Report of the Indian Hemp Drugs Commission, 1894-1895 - Volume V
Year: 1894
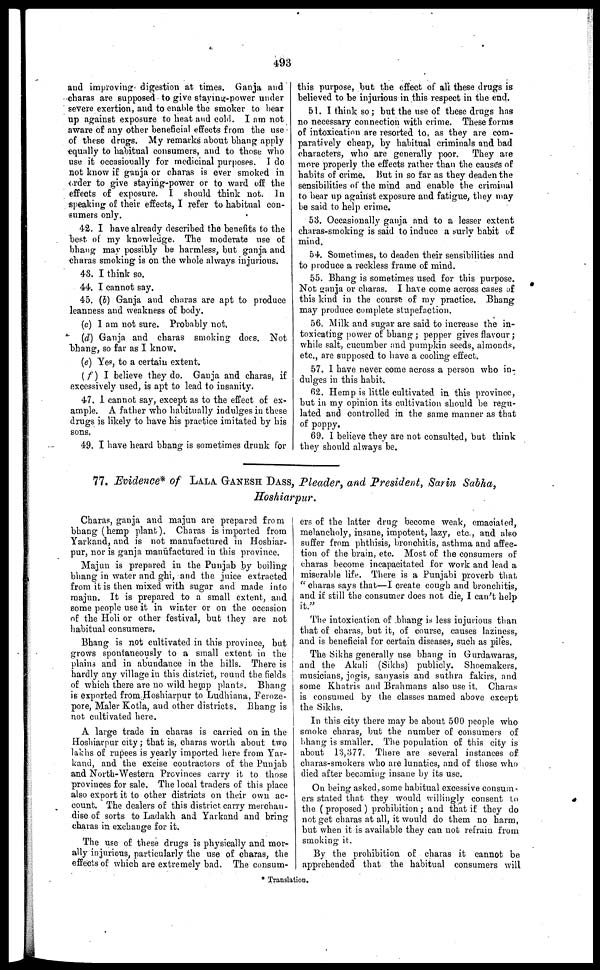
493
and improving digestion at times. Ganja and
charas are supposed to give staying-power under
severe exertion, and to enable the smoker to bear
up against exposure to heat and cold. I am not
aware of any other beneficial effects from the use
of these drugs. My remarks about bhang apply
equally to habitual consumers, and to those who
use it occasionally for medicinal purposes. I do
not know if ganja or charas is ever smoked in
order to give staying-power or to ward off the
effects of exposure. I should think not. In
speaking of their effects, I refer to habitual con-
sumers only.
42. I have already described the benefits to the
best of my knowledge. The moderate use of
bhang may possibly be harmless, but ganja and
charas smoking is on the whole always injurious.
43. I think so.
44. I cannot say.
45. (b) Ganja and charas are apt to produce
leanness and weakness of body.
(c) I am not sure. Probably not.
(d) Ganja and charas smoking dors. Not
bhang, so far as I know.
(e) Yes, to a certain extent.
(f) I believe they do. Ganja and charas, if
excessively used, is apt to lead to insanity.
47. I cannot say, except as to the effect of ex-
ample. A father who habitually indulges in these
drugs is likely to have his practice imitated by his
sons.
49. I have heard bhang is sometimes drunk for
this purpose, but the effect of all these drugs is
believed to be injurious in this respect in the end.
51. I think so; but the use of these drugs has
no necessary connection with crime. These forms
of intoxication are resorted to, as they are com-
paratively cheap, by habitual criminals and bad
characters, who are generally poor. They are
more properly the effects rather than the cause's of
habits of crime. But in so far as they deaden the
sensibilities of the mind and enable the criminal
to bear up against exposure and fatigue, they may
be said to help crime.
53. Occasionally ganja and to a lesser extent
charas-smoking is said to induce a surly habit of
mind.
54. Sometimes, to deaden their sensibilities and
to produce a reckless frame of mind.
55. Bhang is sometimes used for this purpose.
Not ganja or charas. I have come across cases of
this kind in the course of my practice. Bhang
may produce complete stupefaction.
56. Milk and sugar are said to increase the in-
toxicafmg power of bhang; pepper gives flavour;
while salt, cucumber and pumpkin seeds, almonds,
etc., are supposed to have a cooling effect.
57. 1 have never come across a person who in-
dulges in this habit.
62. Hemp is little cultivated in this province,
but in my opinion its cultivation should be regu-
lated and controlled in the same manner as that
of poppy.
69. I believe they are not consulted, but think
they should always be.
77. Evidence* of LALA GANESH DASS , Pleader, and President , Sarin Sabha ,
Hoshiarpur.
Charas, ganja and majun are prepaid from
bhang (hemp plant). Charas is imported from
Yarkand, and is not manufactured in Hoshiar-
pur, nor is ganja manufactured in this province.
Majun is prepared in the Punjab by boiling
bhang in water and ghi, and the juice extracted
from it is then mixed with sugar and made into
majun. It is prepared to a small extent, and
some people use it in winter or on the occasion
of the Holi or other festival, but they are not
habitual consumers.
Bhang is not cultivated in this province, but
grows spontaneously to a small extent in the
plains and in abundance in the hills. There is
hardly any village in this district, round the fields
of which there are no wild hemp plants. Bhang
is exported from Hoshiarpur to Ludhiana, Feroze-
pore, Maler Kotla, and other districts. Bhang is
not cultivated here.
A large trade in charas is carried on in the
Hoshiarpur city; that is, charas worth about two
lakhs of rupees is yearly imported here from Yar-
kand, and the excise contractors of the Punjab
and North-Western Provinces carry it to those
provinces for sale. The local traders of this place
also export it to other districts on their own ac-
count. The dealers of this district carry merchan-
dise of sorts to Ladakh and Yarkand and bring
charas in exchange for it.
The use of these drugs is physically and mor-
ally injurious, particularly the use of charas, the
effects of which are extremely bad. The consum-
ers of the latter drug become weak, emaciated,
melancholy, insane, impotent, lazy, etc., and also
suffer from phthisis, bronchitis, asthma and affec-
tion of the brain, etc. Most of the consumers of
charas become incapacitated for work and lead a
miserable life. There is a Punjabi proverb that.
" charas says that—I create cough and bronchitis,
and if still the consumer does not die, I can't help
it."
The intoxication of bhang is less injurious than
that of charas, but it, of course, causes laziness,
and is beneficial for certain diseases, such as piles.
The Sikhs generally use bhang in Gurdawaras,
and the Akali (Sikhs) publicly. Shoemakers,
musicians, jogis, sanyasis and suthra fakirs, and
some Khatris and Brahmans also use it. Charas
is consumed by the classes named above except
the Sikhs.
In this city there may be about 500 people who
smoke charas, but the number of consumers of
bhang is smaller. The population of this city is
about 13,377. There are several instances of
charas-smokers who are lunatics, and of those who
died after becoming insane by its use.
On being asked, some habitual excessive consum-
ers stated that they would willingly consent to
the (proposed) prohibition; and that if they do
not get charas at all, it would do them no harm,
but when it is available they can not refrain from
smoking it.
By the prohibition of charas it cannot be
apprehended that the habitual consumers will
* Translation.